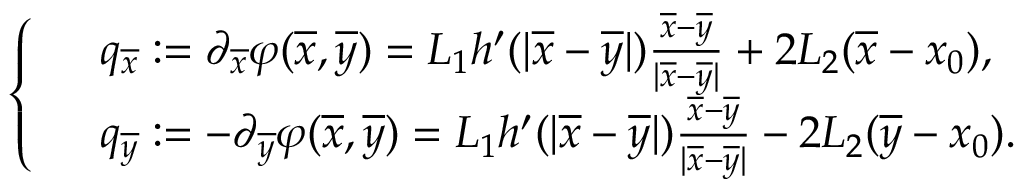
\left\{ \begin{array} { r l } & { q _ { \overline { { x } } } : = \partial _ { \overline { { x } } } \varphi ( \overline { { x } } , \overline { { y } } ) = L _ { 1 } h ^ { \prime } ( | \overline { { x } } - \overline { { y } } | ) \frac { \overline { { x } } - \overline { { y } } } { | \overline { { x } } - \overline { { y } } | } + 2 L _ { 2 } ( \overline { { x } } - x _ { 0 } ) , } \\ & { q _ { \overline { { y } } } : = - \partial _ { \overline { { y } } } \varphi ( \overline { { x } } , \overline { { y } } ) = L _ { 1 } h ^ { \prime } ( | \overline { { x } } - \overline { { y } } | ) \frac { \overline { { x } } - \overline { { y } } } { | \overline { { x } } - \overline { { y } } | } - 2 L _ { 2 } ( \overline { { y } } - x _ { 0 } ) . } \end{array} \right.